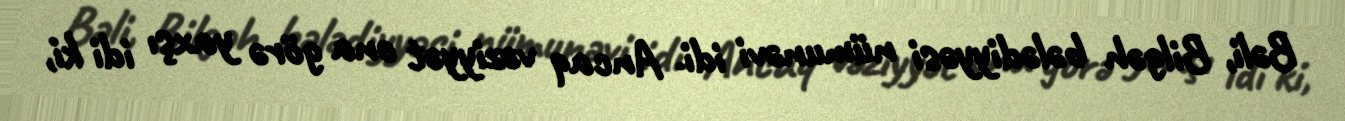
Bəli, Bilgəh bələdiyyəsi nümunəvi idi. Ancaq vəziyyət ona görə yaxşı idi ki,